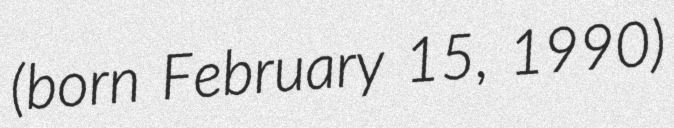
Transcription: (born February 15, 1990)